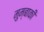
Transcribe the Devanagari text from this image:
मुम्बाकी